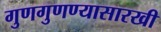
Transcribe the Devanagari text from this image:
गुणगुणण्यासारखी